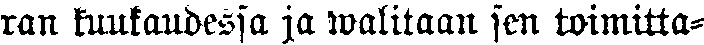
ran kuukaudessa ja walitaan sen toimitta-